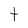
Character: t